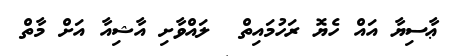
ޢާސިޔާ އައް ހެޔޮ ރަހުމައިތް  ލައްވާށި އާޝިއާ އަށް މާތް